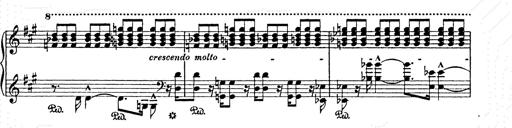
Title: AnnÃ©es de pÃ¨lerinage II
Composer: Franz Liszt